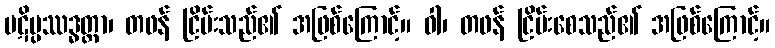
ပဋိပ္ပဿဒ္ဓတ္တာ၊ တဖန် ငြိမ်းသည်၏ အဖြစ်ကြောင့်။ ဝါ၊ တဖန် ငြိမ်းစေသည်၏ အဖြစ်ကြောင့်။